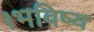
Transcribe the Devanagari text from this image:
।भविष्य